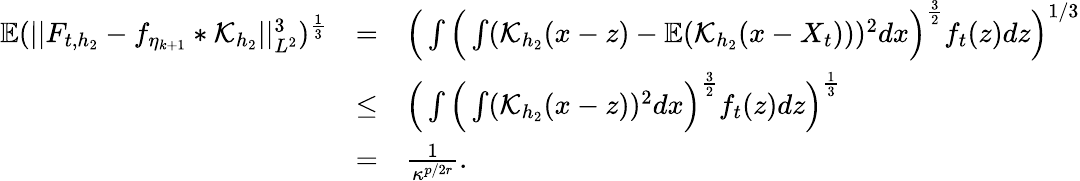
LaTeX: \begin{array}{lll}{\mathbb{E}(\vert\vert F_{t,h_{2}}-f_{\eta_{k+1}}\ast\mathcal{K}_{h_{2}}\vert\vert_{L^{2}}^{3})^{\frac{1}{3}}}&{=}&{\Big(\int\Big(\int(\mathcal{K}_{h_{2}}(x-z)-\mathbb{E}(\mathcal{K}_{h_{2}}(x-X_{t})))^{2}dx\Big)^{\frac{3}{2}}f_{t}(z)dz\Big)^{1/3}}\\ &{\le}&{\Big(\int\Big(\int(\mathcal{K}_{h_{2}}(x-z))^{2}dx\Big)^{\frac{3}{2}}f_{t}(z)dz\Big)^{\frac{1}{3}}}\\ &{=}&{\frac{1}{\kappa^{p/2r}}.}\end{array}